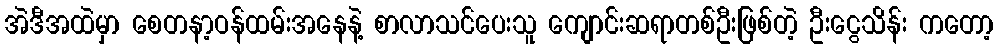
အဲဒီအထဲမှာ စေတနာ့ဝန်ထမ်းအနေနဲ့ စာလာသင်ပေးသူ ကျောင်းဆရာတစ်ဦးဖြစ်တဲ့ ဦးငွေသိန်း ကတော့